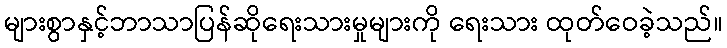
များစွာနှင့်ဘာသာပြန်ဆိုရေးသားမှုများကို ရေးသား ထုတ်ဝေခဲ့သည်။